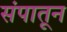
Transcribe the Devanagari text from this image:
संपातून